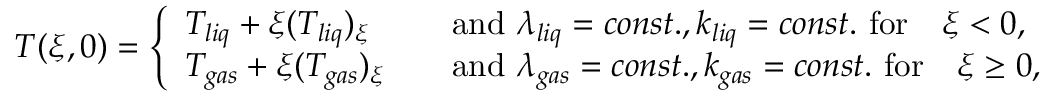
\begin{array} { r } { T ( \xi , 0 ) = \left\{ \begin{array} { l l } { T _ { l i q } + \xi ( T _ { l i q } ) _ { \xi } \quad } & { \mathrm { a n d ~ } \lambda _ { l i q } = c o n s t . , k _ { l i q } = c o n s t . \mathrm { ~ f o r } \quad \xi < 0 , } \\ { T _ { g a s } + \xi ( T _ { g a s } ) _ { \xi } \quad } & { \mathrm { a n d ~ } \lambda _ { g a s } = c o n s t . , k _ { g a s } = c o n s t . \mathrm { ~ f o r } \quad \xi \geq 0 , } \end{array} \right. } \end{array}